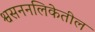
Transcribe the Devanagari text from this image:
श्वसननलिकेतील